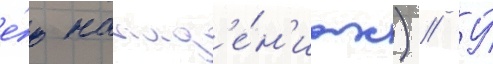
е́ю напад'е́н'иах) // У́